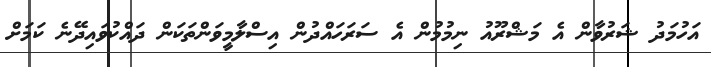
އަހުމަދު ޝަރުވާން އެ މަޝްރޫއު ނިމުމުން އެ ސަރަހައްދުން އިސްލާމީވަންތަކަން ދައްކުވައިދޭނެ ކަމަށް